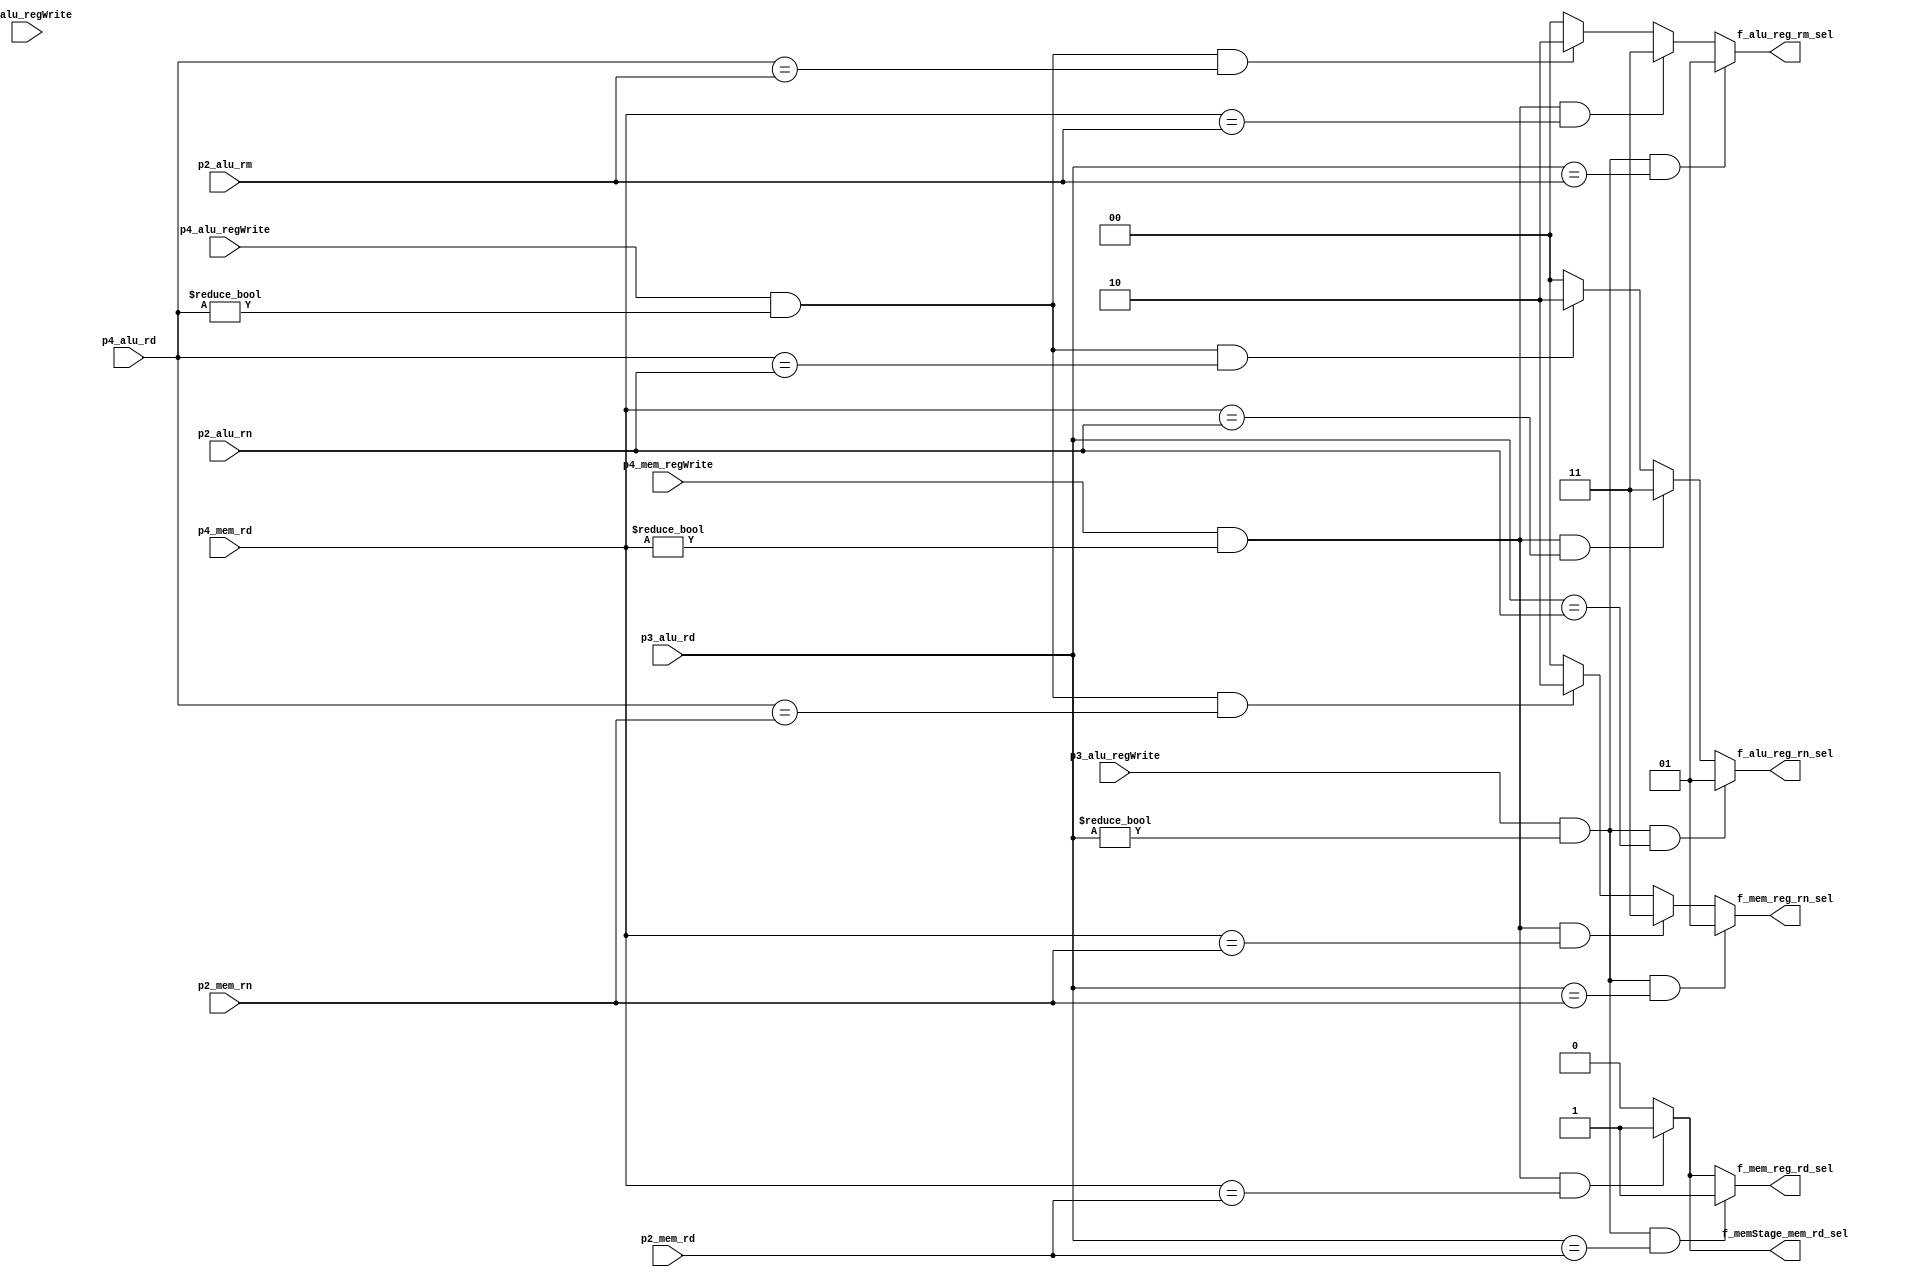
module forwarding_unit(
		input p3_alu_regWrite, input p4_alu_regWrite, input p4_mem_regWrite,input p2_alu_regWrite,
		// input [4:0] p1_aluOpcode,input [4:0] p1_memOpcode,  input [4:0] p2_aluOpcode,input [4:0] p2_memOpcode, // Not needed
		input [2:0] p4_mem_rd, input [2:0] p4_alu_rd, 
		input [2:0] p3_alu_rd,
		input [2:0] p2_mem_rd,input [2:0] p2_alu_rm ,
		input [2:0] p2_alu_rn,input [2:0] p2_mem_rn,
		
		output reg [1:0] f_alu_reg_rn_sel , output reg [1:0] f_alu_reg_rm_sel, output reg [1:0] f_mem_reg_rn_sel, output reg f_mem_reg_rd_sel, output reg f_memStage_mem_rd_sel // ,output reg [1:0] N_flag_mux); // Deprecated
	); 
		
		always @ ( p4_mem_rd or p4_alu_rd or p3_alu_rd or p2_mem_rd or p2_alu_rm or p2_alu_rn or p2_mem_rn)
		
		begin

		// when no dependencies all are from id/ex
		f_alu_reg_rn_sel = 0 ; f_alu_reg_rm_sel = 0 ; f_mem_reg_rn_sel = 0 ; f_mem_reg_rd_sel = 0; f_memStage_mem_rd_sel = 0; 
					
		// f_alu_reg_rn_sel = alu_rn
		if( p3_alu_regWrite == 1 && p3_alu_rd != 0 && p3_alu_rd == p2_alu_rn )	// (add,X) < (add,X)
			f_alu_reg_rn_sel = 1;
		else if( p4_mem_regWrite == 1 && p4_mem_rd != 0 && p4_mem_rd == p2_alu_rn )	// (add,X) < (X,X) < (X,lw) // We give mem precedence
			f_alu_reg_rn_sel = 3;
		else if( p4_alu_regWrite == 1 && p4_alu_rd != 0 && p4_alu_rd == p2_alu_rn )	// (add,X) < (X,X) < (add,X)
			f_alu_reg_rn_sel = 2;
		
		
		// f_alu_reg_rm_sel = alu_rm
		if( p3_alu_regWrite == 1 &&  p3_alu_rd != 0 && p3_alu_rd == p2_alu_rm )	// (add,X) < (add,X)	// Would this mess up with immediate? No, Because we have a mux after this
			f_alu_reg_rm_sel = 1;
		else if( p4_mem_regWrite == 1 && p4_mem_rd != 0 && p4_mem_rd == p2_alu_rm )	// (X,lw) < (X,X) < (add,X) // We give mem precedence
			f_alu_reg_rm_sel = 3;
		else if( p4_alu_regWrite == 1 && p4_alu_rd != 0 && p4_alu_rd == p2_alu_rm )	// (add,X) < (X,X) < (add,X)
			f_alu_reg_rm_sel = 2;
		
		//f_mem_reg_rn_sel = mem_rn
		if( p3_alu_regWrite == 1 &&  p3_alu_rd != 0 && p3_alu_rd == p2_mem_rn )		// (add,X) < (X,lw)	// Would this mess up with immediate? No, Because we have a mux after this
			f_mem_reg_rn_sel = 1;
		else if( p4_mem_regWrite == 1 && p4_mem_rd != 0 && p4_mem_rd == p2_mem_rn )	// (X,lw) < (X,X) < (X,lw) // We give mem precedence
			f_mem_reg_rn_sel = 3;
		else if( p4_alu_regWrite == 1 && p4_alu_rd != 0 && p4_alu_rd == p2_mem_rn )	// (add,X) < (X,X) < (X,lw)
			f_mem_reg_rn_sel = 2;
			
		
		//f_mem_reg_rd_sel = EX_mem_rd
		if( p3_alu_regWrite == 1 &&  p3_alu_rd != 0 && p3_alu_rd == p2_mem_rd )		// (add,X) < (X,sw)	// Would this mess up with immediate? No, Because we have a mux after this
			f_mem_reg_rd_sel = 1;
		else if( p4_mem_regWrite == 1 && p4_mem_rd != 0 && p4_mem_rd == p2_mem_rd )	// (X,lw) < (X,X) < (X,sw) // We give mem precedence
			f_mem_reg_rd_sel = 3;
		else if( p4_alu_regWrite == 1 && p4_alu_rd != 0 && p4_alu_rd == p2_mem_rd )	// (add,X) < (X,X) < (X,sw)
			f_mem_reg_rd_sel = 2;
		
		
		
		// f_memStage_mem_rd_sel = MEM_mem_rd
		
		// (add,X), (X, sw) ( A_WB to M_MEM ) dependency already done in f_mem_reg_rd_sel
		if( p4_mem_regWrite == 1 && p4_mem_rd != 0 && p4_mem_rd == p2_mem_rd ) // ( X, lw ) < ( X, sw ) 
			f_memStage_mem_rd_sel = 1;
		
		
	end
endmodule

// We'll still stall if the dependent instruction has been flushed out. But that's too complicated to fix now.
/*
	p2_stall sets all the ID_EX control signals to 0 as well as the ID_EX regWrite to 0 ( so that it doesn't get overwritten )
	Other 2 are self explanatory.
*/
module hazard_detection(
		input p3_mem_regWrite, input [2:0] p3_mem_rd,
		input [2:0] p2_alu_rm, input [2:0] p2_alu_rn, input [2:0] p2_mem_rn,
		output reg PCWrite_HU, output reg p1_regWrite_HU, output reg p2_stall
	);
		
		integer stall =0;
		
		always @ (p3_mem_regWrite or p2_alu_rn or p2_alu_rm or p2_mem_rn )	 // p2_mem_rd can be fixed by forwarding
		begin
			//when there is no hazard
			PCWrite_HU = 1;  p1_regWrite_HU = 1;  stall = 0; 
			
			if ( p3_mem_regWrite == 1 && p3_mem_rd !=0 && (p2_alu_rm == p3_mem_rd || p2_alu_rn == p3_mem_rd || p2_alu_rm == p3_mem_rd ) )
				begin 
					PCWrite_HU = 0;  
					p1_regWrite_HU = 0;  
					p2_stall = 1; 
				end	
		end
endmodule